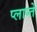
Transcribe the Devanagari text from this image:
प्लान्ते